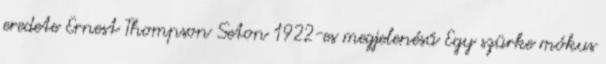
eredete Ernest Thompson Seton 1922-es megjelenésű Egy szürke mókus